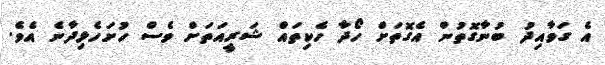
އެ ގަވާއިދު ބުނާގޮތުން އެގޮތަށް ހޯދާ ހެކިތައް ޝަރީއަތަށް ވެސް ހުށަހެޅިދާނެ އެވެ.